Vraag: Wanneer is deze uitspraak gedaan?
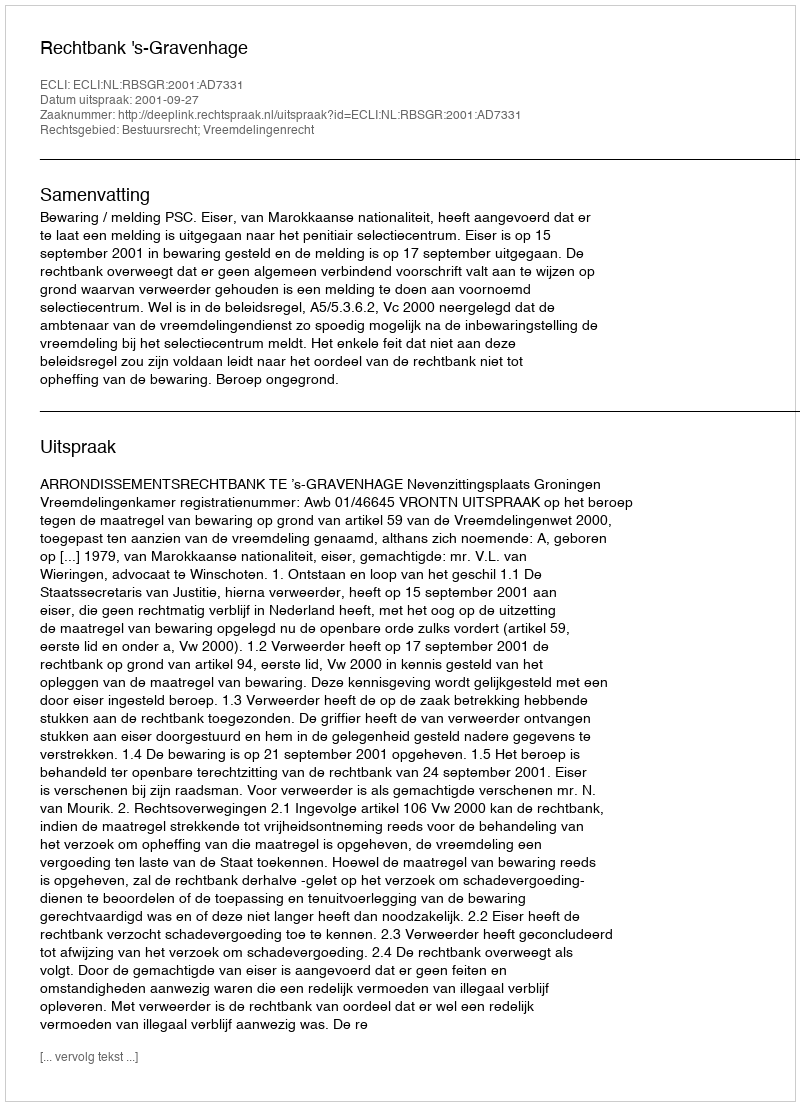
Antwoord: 2001-09-27